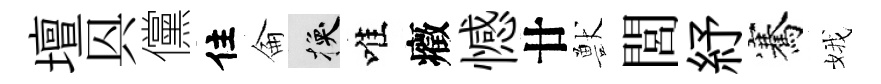
壇㒷儻住侖换唯癥憾廿獸閭紓騫娥